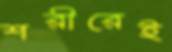
শরীরেই